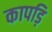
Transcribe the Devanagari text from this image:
कापड़ि